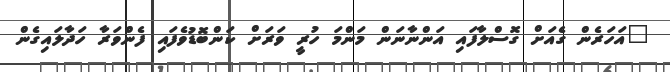
"އަހަރެން ގެއަށް ގޮސްލާފައި އަންނާނަން މަންމަ ހުރީ ވަރަށް ކަންބޮޑުވެފައި ފެންވަރާ ހަދާލައިގެން